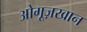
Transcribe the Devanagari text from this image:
ओगूज़खान